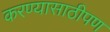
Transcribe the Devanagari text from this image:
करण्यासाठीपण